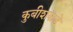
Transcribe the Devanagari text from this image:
कुबीशकडे